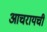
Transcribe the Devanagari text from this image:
आचरायची